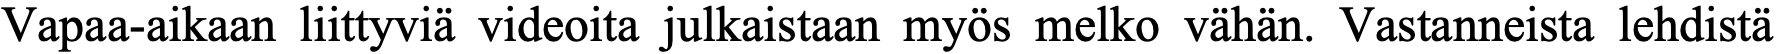
Vapaa-aikaan liittyviä videoita julkaistaan myös melko vähän. Vastanneista lehdistä